Civil Veterinary Department. Madras. Admin. report 1910-25 - 1910-1925
Year: 1910
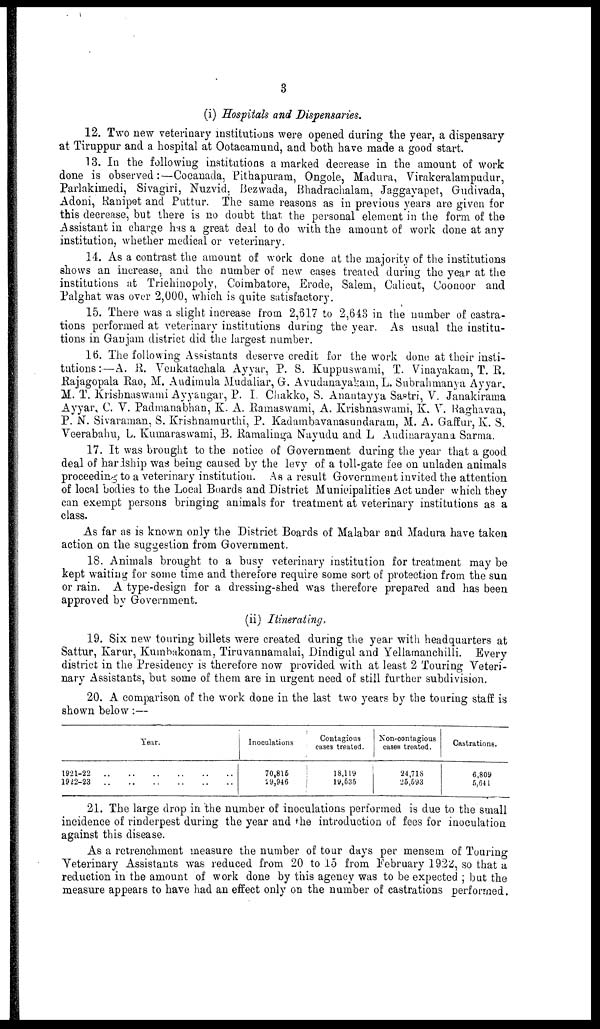
3
(i) Hospitals and Dispensaries.
12. Two new veterinary institutions were opened during the year, a dispensary
at Tiruppur and a hospital at Ootacamund, and both have made a good start.
13. In the following institutions a marked decrease in the amount of work
done is observed:—Cocanada, Pithapuram, Ongole, Madura, Virakeralampudur,
Parlakimedi, Sivagiri, Nuzvid, Bezwada, Bhadrachalam, Jaggayapet, Gudivada,
Adoni, Ranipet and Puttur. The same reasons as in previous years are given for
this decrease, but there is no doubt that the personal element in the form of the
Assistant in charge has a great deal to do with the amount of work done at any
institution, whether medical or veterinary.
14. As a contrast the amount of work done at the majority of the institutions
shows an increase, and the number of new cases treated during the year at the
institutions at Trichinopoly, Coimbatore, Erode, Salem, Calicut, Coonoor and
Palghat was over 2,000, which is quite satisfactory.
15. There was a slight increase from 2,617 to 2,643 in the number of castra-
tions performed at veterinary institutions during the year. As usual the institu-
tions in Ganjam district did the largest number.
16. The following Assistants deserve credit for the work done at their insti-
tutions :—A. R. Venkatachala Ayyar, P. S. Kuppuswami, T. Vinayakam, T. R.
Rajagopala Rao, M. Audimula Mudaliar, G. Avudanayakam, L. Subrahmanya Ayyar,
M. T. Krishnaswami Ayyangar, P. I. Chakko, S. Anantayya Sastri, V. Janakirama
Ayyar, C. V. Padmanabhan, K. A. Ramaswami, A. Krishnaswami, K. V. Raghavan,
P. N. Sivaraman, S. Krishnamurthi, P. Kadambavanasundaram, M. A. Gaffur, K. S.
Veerabahu, L. Kumaraswami, B. Ramalinga Nayudu and L Audinarayana Sarma.
17. It was brought to the notice of Government during the year that a good
deal of hardship was being caused by the levy of a toll-gate fee on unladen animals
proceeding to a veterinary institution. As a result Government invited the attention
of local bodies to the Local Boards and District Municipalities Act under which they
can exempt persons bringing animals for treatment at veterinary institutions as a
class.
As far as is known only the District Boards of Malabar and Madura have taken
action on the suggestion from Government.
18. Animals brought to a busy veterinary institution for treatment may be
kept waiting for some time and therefore require some sort of protection from the sun
or rain. A type-design for a dressing-shed was therefore prepared and has been
approved by Government.
(ii) Itinerating.
19. Six new touring billets were created during the year with headquarters at
Sattur, Karur, Kumbakonam, Tiruvannamalai, Dindigul and Yellamanchilli. Every
district in the Presidency is therefore now provided with at least 2 Touring Veteri-
nary Assistants, but some of them are in urgent need of still further subdivision.
20. A comparison of the work done in the last two years by the touring staff is
shown below:—
1921-22 ..
1922-23 ..
..
..
Year.
..
..
..
..
..
..
..
..
Inoculations
70,816
29,946
Contagious
oases treated.
18,119
19,535
Non-contagious
cases treated.
24,718
25,593
Castrations.
6,809
5,641
21. The large drop in the number of inoculations performed is due to the small
incidence of rinderpest during the year and the introduction of fees for inoculation
against this disease.
As a retrenchment measure the number of tour days per mensem of Touring
Veterinary Assistants was reduced from 20 to 15 from February 1922, so that a
reduction in the amount of work done by this agency was to be expected ; but the
measure appears to have had an effect only on the number of castrations performed.